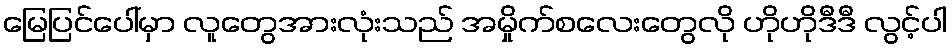
မြေပြင်ပေါ်မှာ လူတွေအားလုံးသည် အမှိုက်စလေးတွေလို ဟိုဟိုဒီဒီ လွင့်ပါ